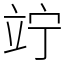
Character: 竚